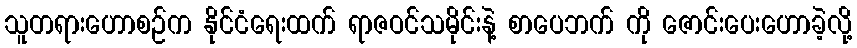
သူတရားဟောစဉ်က နိုင်ငံရေးထက် ရာဇဝင်သမိုင်းနဲ့ စာပေဘက် ကို ဇောင်းပေးဟောခဲ့လို့